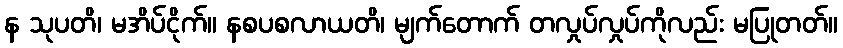
န သုပတိ၊ မအိပ်ငိုက်။ နစပစလာယတိ၊ မျက်တောက် တလှုပ်လှုပ်ကိုလည်း မပြုတတ်။